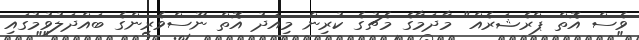
ވެސް އޮތް ޕްރެޝަރެއް" މާދަމާގެ މެޗުގެ ކުރިން މިއަދު އޮތް ނޫސްވެރިންގެ ބައްދަލުވުމުގައި